Regulations for the medical services of the Army of India
Year: 1930
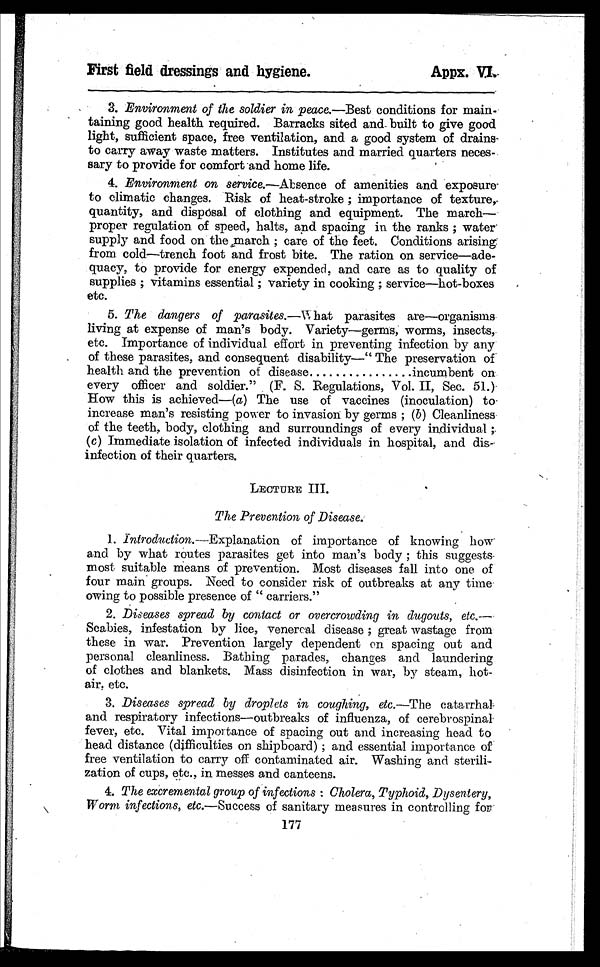
First field dressings and hygiene.
Appx. VI
3. Environment of the soldier in peace .—Best conditions for main-
taining good health required. Barracks sited and built to give good
light, sufficient space, free ventilation, and a good system of drains
to carry away waste matters. Institutes and married quarters neces-
sary to provide for comfort and home life.
4. Environment on service.—Absence of amenities and exposure
to climatic changes. Risk of heat-stroke ; importance of texture,
quantity, and disposal of clothing and equipment. The march—
proper regulation of speed, halts, and spacing in the ranks ; water.
supply and food on the march ; care of the feet. Conditions arising
from cold—trench foot and frost bite. The ration on service—ade-
quacy, to provide for energy expended, and care as to quality of
supplies ; vitamins essential ; variety in cooking ; service—hot-boxes
etc.
5. The dangers of parasites .—What parasites are—organisms
living at expense of man's body. Variety—germs, worms, insects,.
etc. Importance of individual effort in preventing infection by any
of those parasites, and consequent disability—“The preservation of
health and the prevention of disease
incumbent on
every officer and soldier.” (F. S. Regulations, Vol. II, Sec. 51.)
How this is achieved—(a) The use of vaccines (inoculation) to.
increase man's resisting power to invasion by germs ; ( b) Cleanliness
of the teeth, body, clothing and surroundings of every individual ;.
(c) Immediate isolation of infected individuals in hospital, and dis-
infection of their quarters.
LECTURE III.
The Prevention of Disease.
1.Introduction .—Explanation of importance of knowing how
and by what routes parasites get into man's body ; this suggests
most suitable means of prevention. Most diseases fall into one of
four main groups. Need to consider risk of outbreaks at any time
owing to possible presence of “carriers.”
2. Diseases spread by contact or overcrowding in dugouts, etc . —
Scabies, infestation by lice, venereal disease ; great wastage from
these in war. Prevention largely dependent on spacing out and
personal cleanliness. Bathing parades, changes and laundering
of clothes and blankets. Mass disinfection in war, by steam, hot-
air, etc.
3. Diseases spread by droplets in coughing, etc.—The catarrhal
and respiratory infections—outbreaks of influenza, of cerebrospinal.
fever, etc. Vital importance of spacing out and increasing head to
head distance (difficulties on shipboard) ; and essential importance of
free ventilation to carry off contaminated air. Washing and sterili-
zation of cups, etc., in messes and canteens.
4. The excremental group of infections : Cholera, Typhoid, Dysentery,
Worm infections, etc .—Success of sanitary measures in controlling for
177